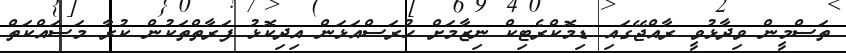
ތަސްމީން ވިދާޅުވީ ރާއްޖޭގައި ޑިމޮކްރެޓިކް ނިޒާމަށް ހުރަސްއަޅަން އިދިކޮޅު ފަރާތްތަކުން ކުރާ މަސައްކަތް